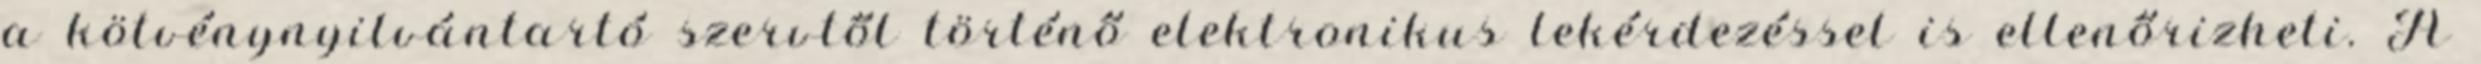
a kötvénynyilvántartó szervtől történő elektronikus lekérdezéssel is ellenőrizheti. A